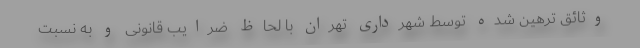
وثائق ترهین شده توسط شهرداری تهران با لحاظ ضرایب قانونی و به نسبت